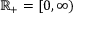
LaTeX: \mathbb { R } _ { + } = [ 0 , \infty )